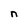
Character: n